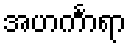
အဟင်္ကာရာ